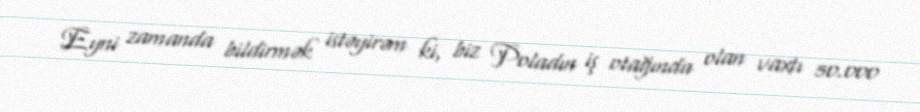
Eyni zamanda bildirmək istəyirəm ki, biz Poladın iş otağında olan vaxtı 50.000